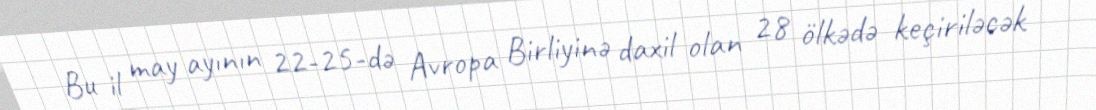
Bu il may ayının 22-25-də Avropa Birliyinə daxil olan 28 ölkədə keçiriləcək